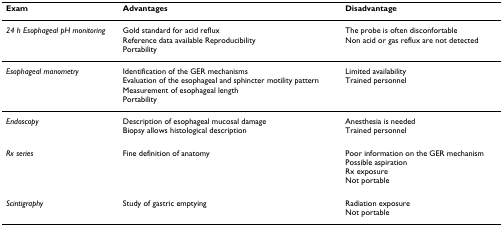
<table><thead><tr><td><b>Exam</b></td><td><b>Advantages</b></td><td><b>Disadvantage</b></td></tr></thead><tbody><tr><td><i>24 h Esophageal pH monitoring</i></td><td>Gold standard for acid refluxReference data available ReproducibilityPortability</td><td>The probe is often disconfortableNon acid or gas reflux are not detected</td></tr><tr><td><i>Esophageal manometry</i></td><td>Identification of the GER mechanismsEvaluation of the esophageal and sphincter motility patternMeasurement of esophageal lengthPortability</td><td>Limited availabilityTrained personnel</td></tr><tr><td><i>Endoscopy</i></td><td>Description of esophageal mucosal damageBiopsy allows histological description</td><td>Anesthesia is neededTrained personnel</td></tr><tr><td><i>Rx series</i></td><td>Fine definition of anatomy</td><td>Poor information on the GER mechanismPossible aspirationRx exposureNot portable</td></tr><tr><td><i>Scintigraphy</i></td><td>Study of gastric emptying</td><td>Radiation exposureNot portable</td></tr></tbody></table>